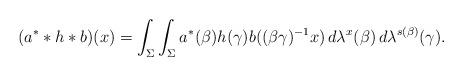
LaTeX: \begin{align*} (a^* * h * b)(x) = \int_{\Sigma} \int_{\Sigma} a^*(\beta) h(\gamma) b((\beta\gamma)^{-1}x)\,d\lambda^{x}(\beta)\,d\lambda^{s(\beta)}(\gamma). \end{align*}